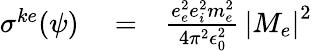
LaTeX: \begin{array}{rlr}{\sigma^{ke}(\psi)}&{{}=}&{\frac{e_{e}^{2}e_{i}^{2}m_{e}^{2}}{4\pi^{2}\epsilon_{0}^{2}}\, \left|M_{e}\right|^{2}}\end{array}